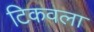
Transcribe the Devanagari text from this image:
टिकवला